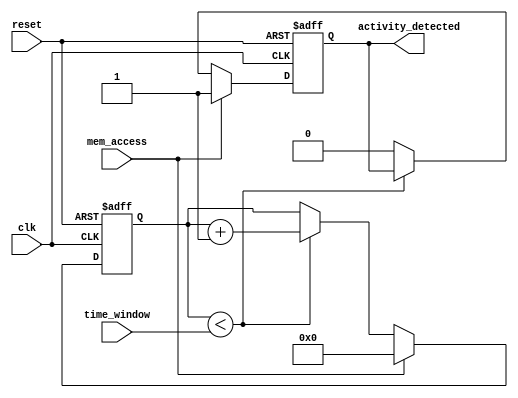
module MemoryBlocksTimeWindowDetector (
    input wire clk,               // System clock
    input wire reset,             // Reset signal
    input wire mem_access,        // Memory access signal (1 for read/write)
    input wire [7:0] time_window, // Time window duration in clock cycles
    output reg activity_detected   // Output signal indicating activity
);

// Internal signal declarations
reg [7:0] counter;               // Counter to track time
reg mem_access_prev;             // Previous memory access state

// State machine to detect memory access
always @(posedge clk or posedge reset) begin
    if (reset) begin
        counter <= 8'b0;          // Reset counter
        activity_detected <= 1'b0; // Clear activity detected flag
        mem_access_prev <= 1'b0;   // Clear previous access state
    end else begin
        // Check for memory access
        if (mem_access) begin
            // If access is detected, reset the counter and set activity detected
            counter <= 8'b0;
            activity_detected <= 1'b1;
        end else if (counter < time_window) begin
            // Increment counter if still within time window
            counter <= counter + 1'b1;
        end else begin
            // If time window expired, clear activity detected
            activity_detected <= 1'b0;
        end
        
        // Update previous memory access state
        mem_access_prev <= mem_access;
    end
end

endmodule